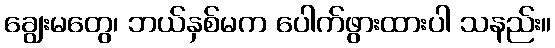
ချွေးမတွေ၊ ဘယ်နှစ်မက ပေါက်ဖွားထားပါ သနည်း။